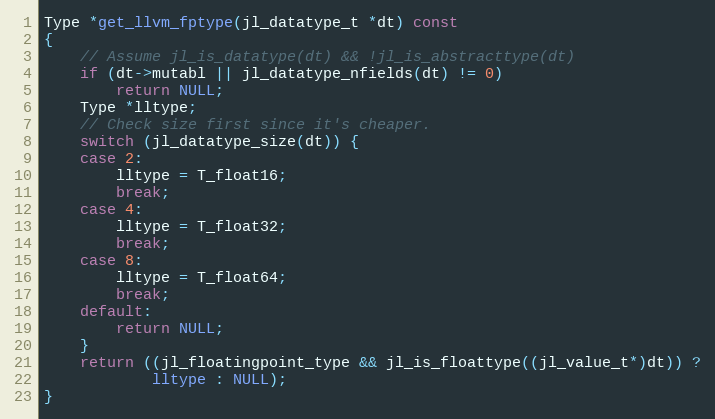
Language: C++
Type *get_llvm_fptype(jl_datatype_t *dt) const
{
    // Assume jl_is_datatype(dt) && !jl_is_abstracttype(dt)
    if (dt->mutabl || jl_datatype_nfields(dt) != 0)
        return NULL;
    Type *lltype;
    // Check size first since it's cheaper.
    switch (jl_datatype_size(dt)) {
    case 2:
        lltype = T_float16;
        break;
    case 4:
        lltype = T_float32;
        break;
    case 8:
        lltype = T_float64;
        break;
    default:
        return NULL;
    }
    return ((jl_floatingpoint_type && jl_is_floattype((jl_value_t*)dt)) ?
            lltype : NULL);
}